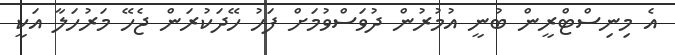
އެ މިނިސްޓްރީން ބުނީ އުމުރުން ދުވަސްވުމަށް ފަހު ހޭދަކުރަން ޖެހޭ މަރުހަލާ އަކީ